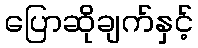
ပြောဆိုချက်နှင့်